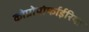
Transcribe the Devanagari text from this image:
कोप्रोपोर्फाईरिया